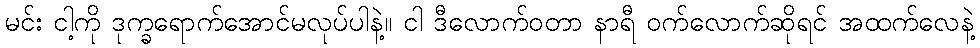
မင်း ငါ့ကို ဒုက္ခရောက်အောင်မလုပ်ပါနဲ့။ ငါ ဒီလောက်ဝတာ နာရီ ဝက်လောက်ဆိုရင် အထက်လေနဲ့